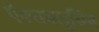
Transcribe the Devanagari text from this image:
ऍक्सक्लूसिव